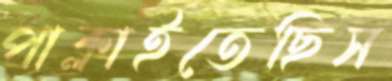
পাক্‌লাইতেছিস